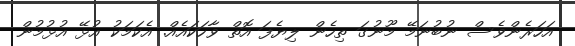
އަހަރެންވެސް ނުބުނަމޭ މޫނުގަ ތިހެން ލިޔެފަ އޮތް ވާހަކައެއް. އެކަމަކު އުޅޭ އުޅުމުން